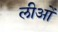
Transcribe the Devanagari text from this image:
लीओं